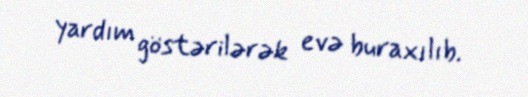
yardım göstərilərək evə buraxılıb.